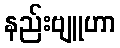
နည်းဗျူဟာ